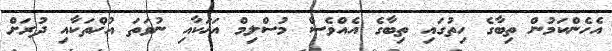
އެހެންކަމުން ތިބާގެ ހިތުގައި ތިބާގެ އެއްވެސް މުސްލިމް އަޚަކާއި ނުވަތަ އުޚްތަކާއި ދުރަށް